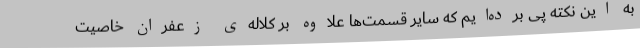
به این نکته پی برده‌ایم که سایر قسمت‌ها علاوه بر کلاله‌ی زعفران خاصیت